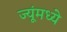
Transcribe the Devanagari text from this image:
ज्यूंमध्ये